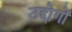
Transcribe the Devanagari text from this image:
उद्दोगों